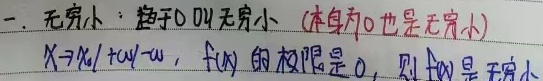
一. 无穷小：趋于\(0\)叫无穷小（本身为\(0\)也是无穷小）。当\(x \to x_0\)（\(x \to \infty\)）时，若\(f(x)\)的极限是\(0\)，则\(f(x)\)是无穷小。